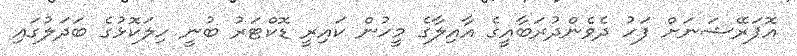
އޮޕަރޭޝަނަށް ފަހު ދެވެންދުރަބާއީގެ އާއިލާގެ މީހުން ކައިރީ ޑޮކްޓަރު ބުނީ ހިލަކޮޅުގެ ބަދަލުގައި